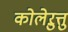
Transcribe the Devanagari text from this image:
कोलेऱुत्तु